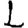
Digit: 1